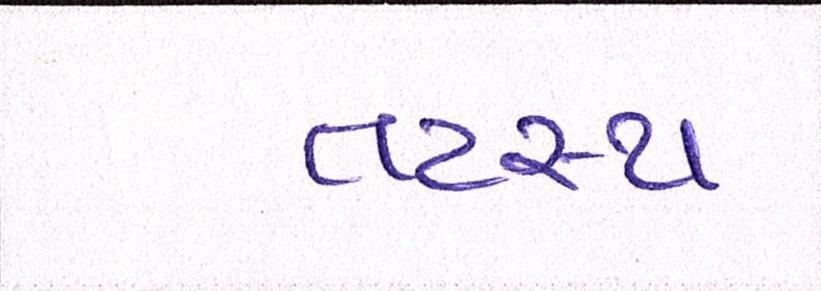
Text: તટસ્થ